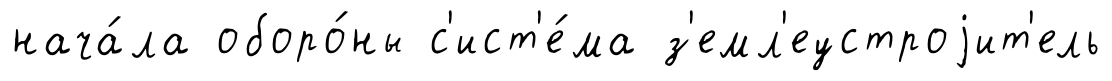
нача́ла оборо́ны с'ист'е́ма з'емл'еустроjит'ель